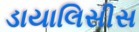
ડાયાલિસીસ